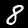
Label: 8